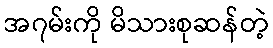
အ၇မ်းကို မိသားစုဆန်တဲ့